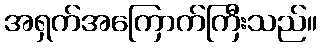
အရှက်အကြောက်ကြီးသည်။